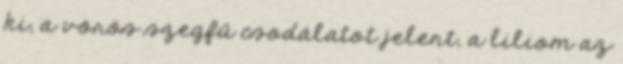
ki, a vörös szegfű csodálatot jelent, a liliom az